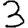
Digit: 3